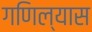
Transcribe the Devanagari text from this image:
गणिल्यास